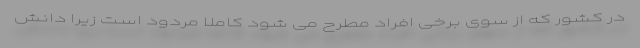
در کشور که از سوی برخی افراد مطرح می شود کاملا مردود است زیرا دانش